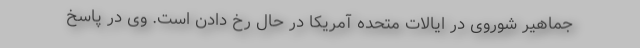
جماهیر شوروی در ایالات متحده آمریکا در حال رخ دادن است. وی در پاسخ